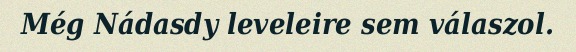
Még Nádasdy leveleire sem válaszol.